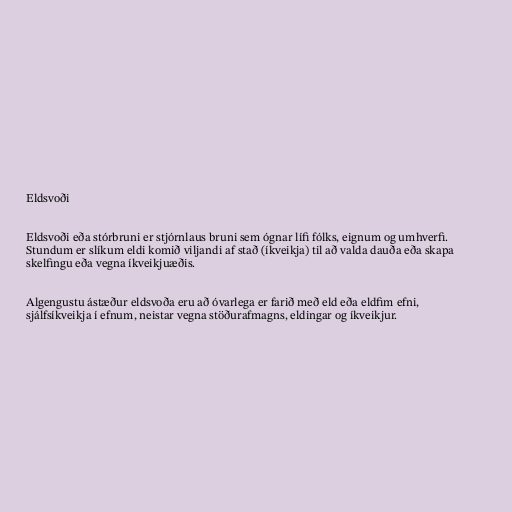
Eldsvoði

Eldsvoði eða stórbruni er stjórnlaus bruni sem ógnar lífi fólks, eignum og umhverfi.
Stundum er slíkum eldi komið viljandi af stað (íkveikja) til að valda dauða eða skapa
skelfingu eða vegna íkveikjuæðis.

Algengustu ástæður eldsvoða eru að óvarlega er farið með eld eða eldfim efni,
sjálfsíkveikja í efnum, neistar vegna stöðurafmagns, eldingar og íkveikjur.